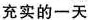
充实的一天